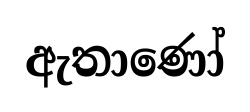
ඇතාණෝ